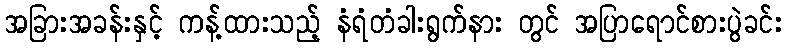
အခြားအခန်းနှင့် ကန့်ထားသည့် နံရံတံခါးရွက်နား တွင် အပြာရောင်စားပွဲခင်း